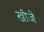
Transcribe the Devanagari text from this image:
खीजे